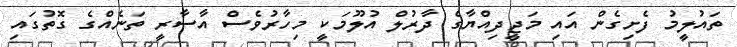
ތައުލީމު ފެށިގެން އައި މަޖީދިއްޔާގެ ދާރުލް އުލޫމަކީ މިހާރުވެސް އާސާރީ ތަނެއްގެ ގޮތުގައި